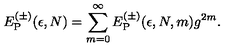
E _ { \mathrm { P } } ^ { ( \pm ) } ( \epsilon , N ) = \sum _ { m = 0 } ^ { \infty } E _ { \mathrm { P } } ^ { ( \pm ) } ( \epsilon , N , m ) g ^ { 2 m } .